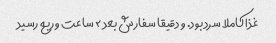
غذا کاملا سرد بود. و دقیقا سفارش بعد ٢ ساعت و ربع رسید